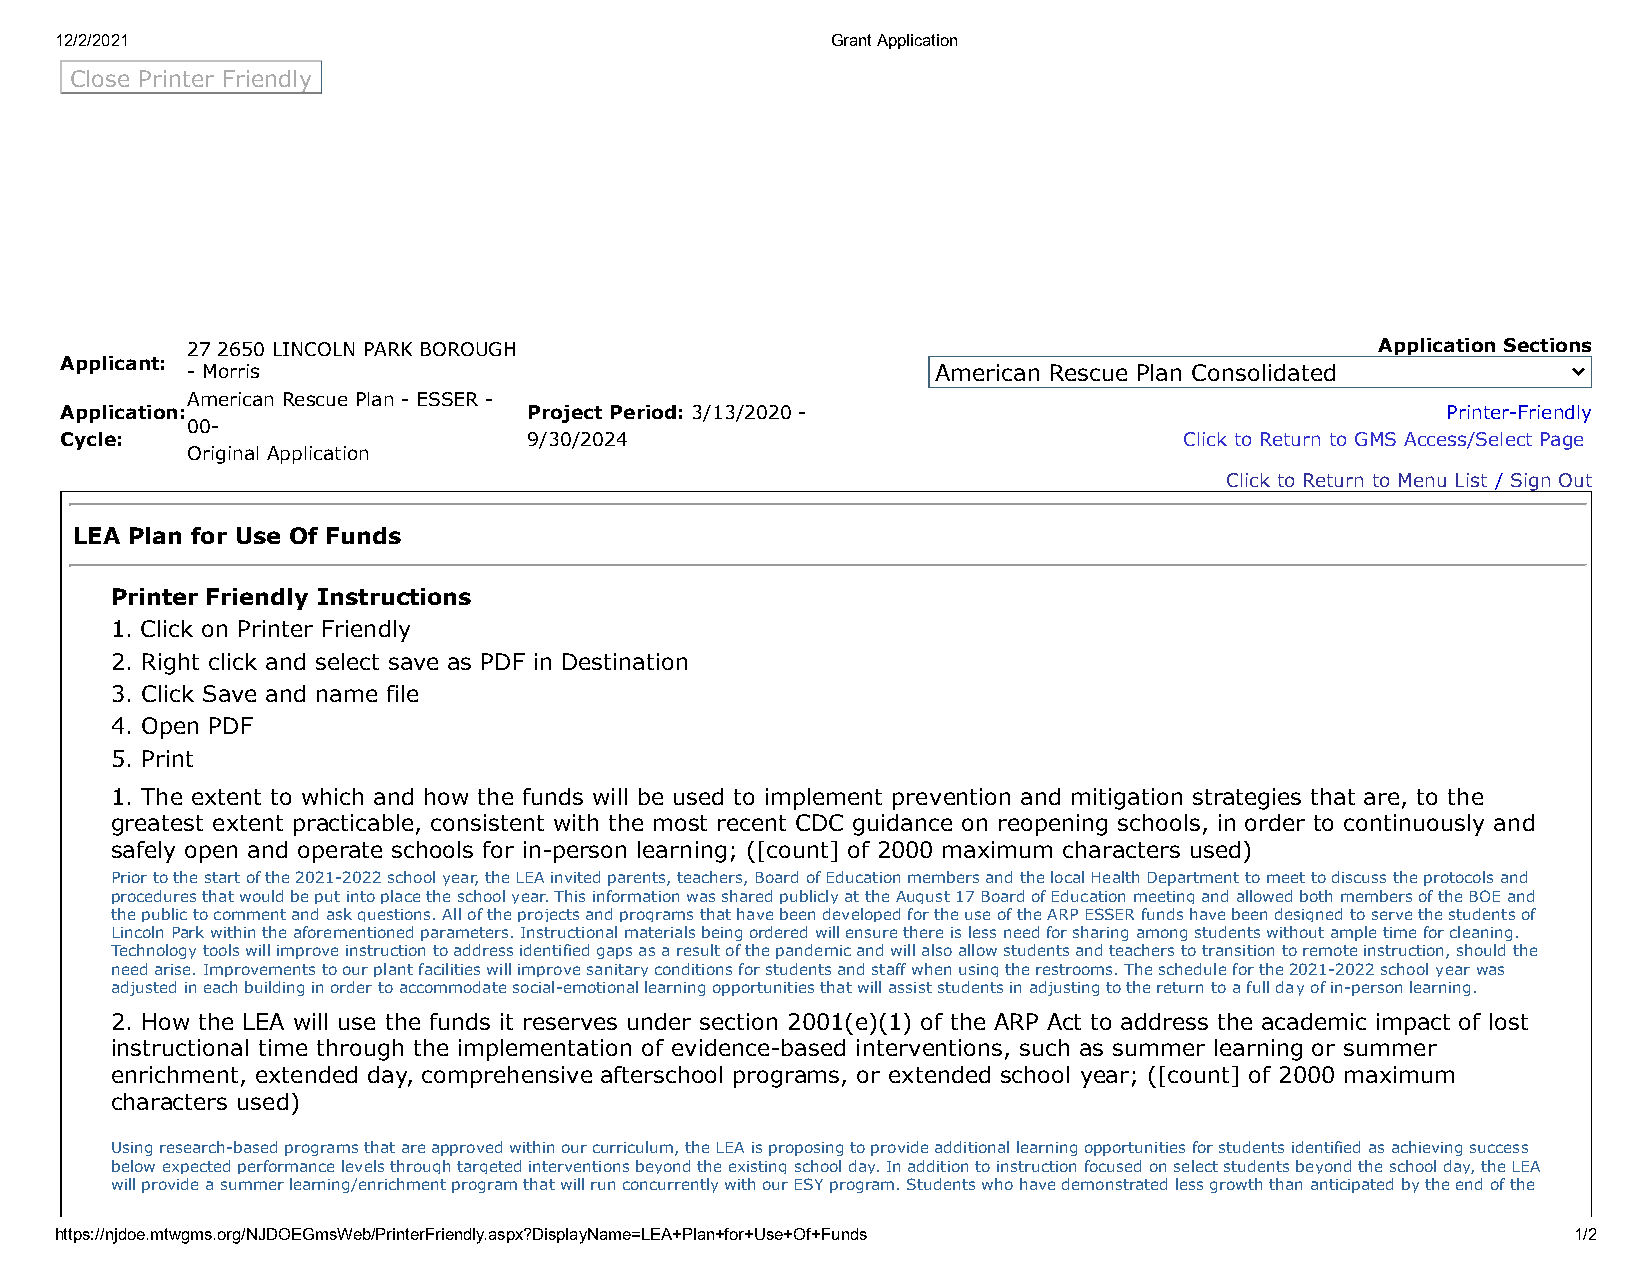
12/2/2021                                          Grant Application
 Close Printer Friendly
 27 2650 LINCOLN PARK BOROUGH                                                   Application Sections
 Applicant:
 - Morris                                          American Rescue Plan Consolidated
 American Rescue Plan - ESSER -
 Application:                   Project Period: 3/13/2020 -                                  Printer-Friendly
 00-
 Cycle:                         9/30/2024                                  Click to Return to GMS Access/Select Page
 Original Application
 Click to Return to Menu List / Sign Out
 LEA Plan for Use Of Funds
 Printer Friendly Instructions
 1. Click on Printer Friendly
 2. Right click and select save as PDF in Destination
 3. Click Save and name file
 4. Open PDF
 5. Print
 1. The extent to which and how the funds will be used to implement prevention and mitigation strategies that are, to the
 greatest extent practicable, consistent with the most recent CDC guidance on reopening schools, in order to continuously and
 safely open and operate schools for in-person learning; ([count] of 2000 maximum characters used)
 Prior to the start of the 2021-2022 school year, the LEA invited parents, teachers, Board of Education members and the local Health Department to meet to discuss the protocols and
 procedures that would be put into place the school year. This information was shared publicly at the August 17 Board of Education meeting and allowed both members of the BOE and
 the public to comment and ask questions. All of the projects and programs that have been developed for the use of the ARP ESSER funds have been designed to serve the students of
 Lincoln Park within the aforementioned parameters. Instructional materials being ordered will ensure there is less need for sharing among students without ample time for cleaning.
 Technology tools will improve instruction to address identified gaps as a result of the pandemic and will also allow students and teachers to transition to remote instruction, should the
 need arise. Improvements to our plant facilities will improve sanitary conditions for students and staff when using the restrooms. The schedule for the 2021-2022 school year was
 adjusted in each building in order to accommodate social-emotional learning opportunities that will assist students in adjusting to the return to a full day of in-person learning.
 2. How the LEA will use the funds it reserves under section 2001(e)(1) of the ARP Act to address the academic impact of lost
 instructional time through the implementation of evidence-based interventions, such as summer learning or summer
 enrichment, extended day, comprehensive afterschool programs, or extended school year; ([count] of 2000 maximum
 characters used)
 Using research-based programs that are approved within our curriculum, the LEA is proposing to provide additional learning opportunities for students identified as achieving success
 below expected performance levels through targeted interventions beyond the existing school day. In addition to instruction focused on select students beyond the school day, the LEA
 will provide a summer learning/enrichment program that will run concurrently with our ESY program. Students who have demonstrated less growth than anticipated by the end of the
 https://njdoe.mtwgms.org/NJDOEGmsWeb/PrinterFriendly.aspx?DisplayName=LEA+Plan+for+Use+Of+Funds     1/2